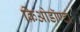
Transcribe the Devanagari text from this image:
क्रिओडॉण्टा